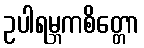
ဥပါရမ္ဘကစိတ္တော